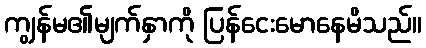
ကျွန်မ၏မျက်နှာကို ပြန်ငေးမောနေမိသည်။